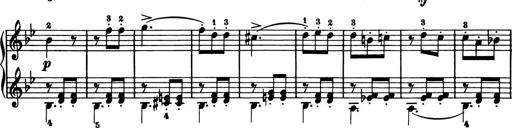
Title: 11 Sonatinas for Piano Solo
Composer: Anton Diabelli